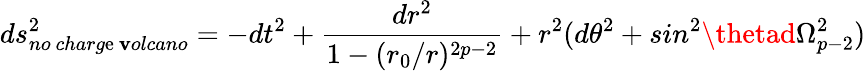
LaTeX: ds_{no\ charg\mathrm{e}\ \mathbf{v}olcano}^{2}=-dt^{2}+\frac{{dr^{2}}}{{1-(r_{0}/r)^{2p-2}}}+r^{2}(d\theta^{2}+sin^{2}\thetad\Omega_{p-2}^{2})